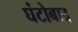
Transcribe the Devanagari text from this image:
घंटोबाद